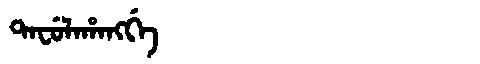
Manchu: ᡨᠠᠸᡠᠯᠠᡥᠠᠩᡤᡝ
Romanization: TAFULAHANGGE